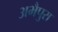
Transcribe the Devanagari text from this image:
अभैपुरा